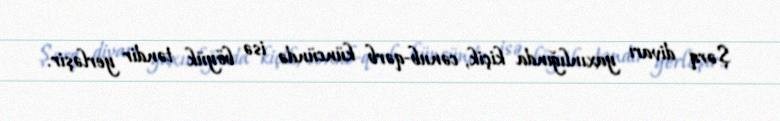
Şərq divarı yaxınlığında kiçik, cənub-qərb küncündə isə böyük təndir yerləşir.